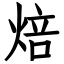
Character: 焙